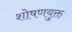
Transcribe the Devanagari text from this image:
शोषणयुक्त